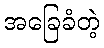
အခြေခံတဲ့